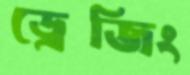
ড্রেজিং